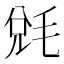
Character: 𣮆